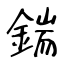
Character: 鍴